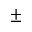
\pm